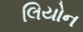
લિયોન